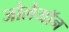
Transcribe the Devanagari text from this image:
जोलेयॉन